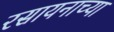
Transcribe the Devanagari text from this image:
रसायनाच्या